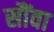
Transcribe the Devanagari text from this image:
सौंवा